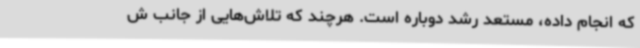
که انجام داده، مستعد رشد دوباره است. هرچند که تلاش‌هایی از جانب ش